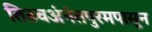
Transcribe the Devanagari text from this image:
तिरुवअंनंतपुरमपासून